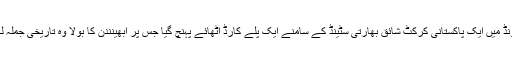
مانچسٹر کے اولڈ ٹریفورڈ گراﺅنڈ میں ایک پاکستانی کرکٹ شائق بھارتی سٹینڈ کے سامنے ایک پلے کارڈ اٹھائے پہنچ گیا جس پر ابھینندن کا بولا وہ تاریخی جملہ لکھا تھا کہ ”چائے بہترین ہے“۔